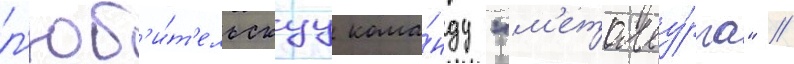
л'юб'и́т'ельскуу кома́нду "м'еталлу́рга" //